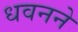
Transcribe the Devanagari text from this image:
धवनने